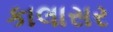
કાલાસર